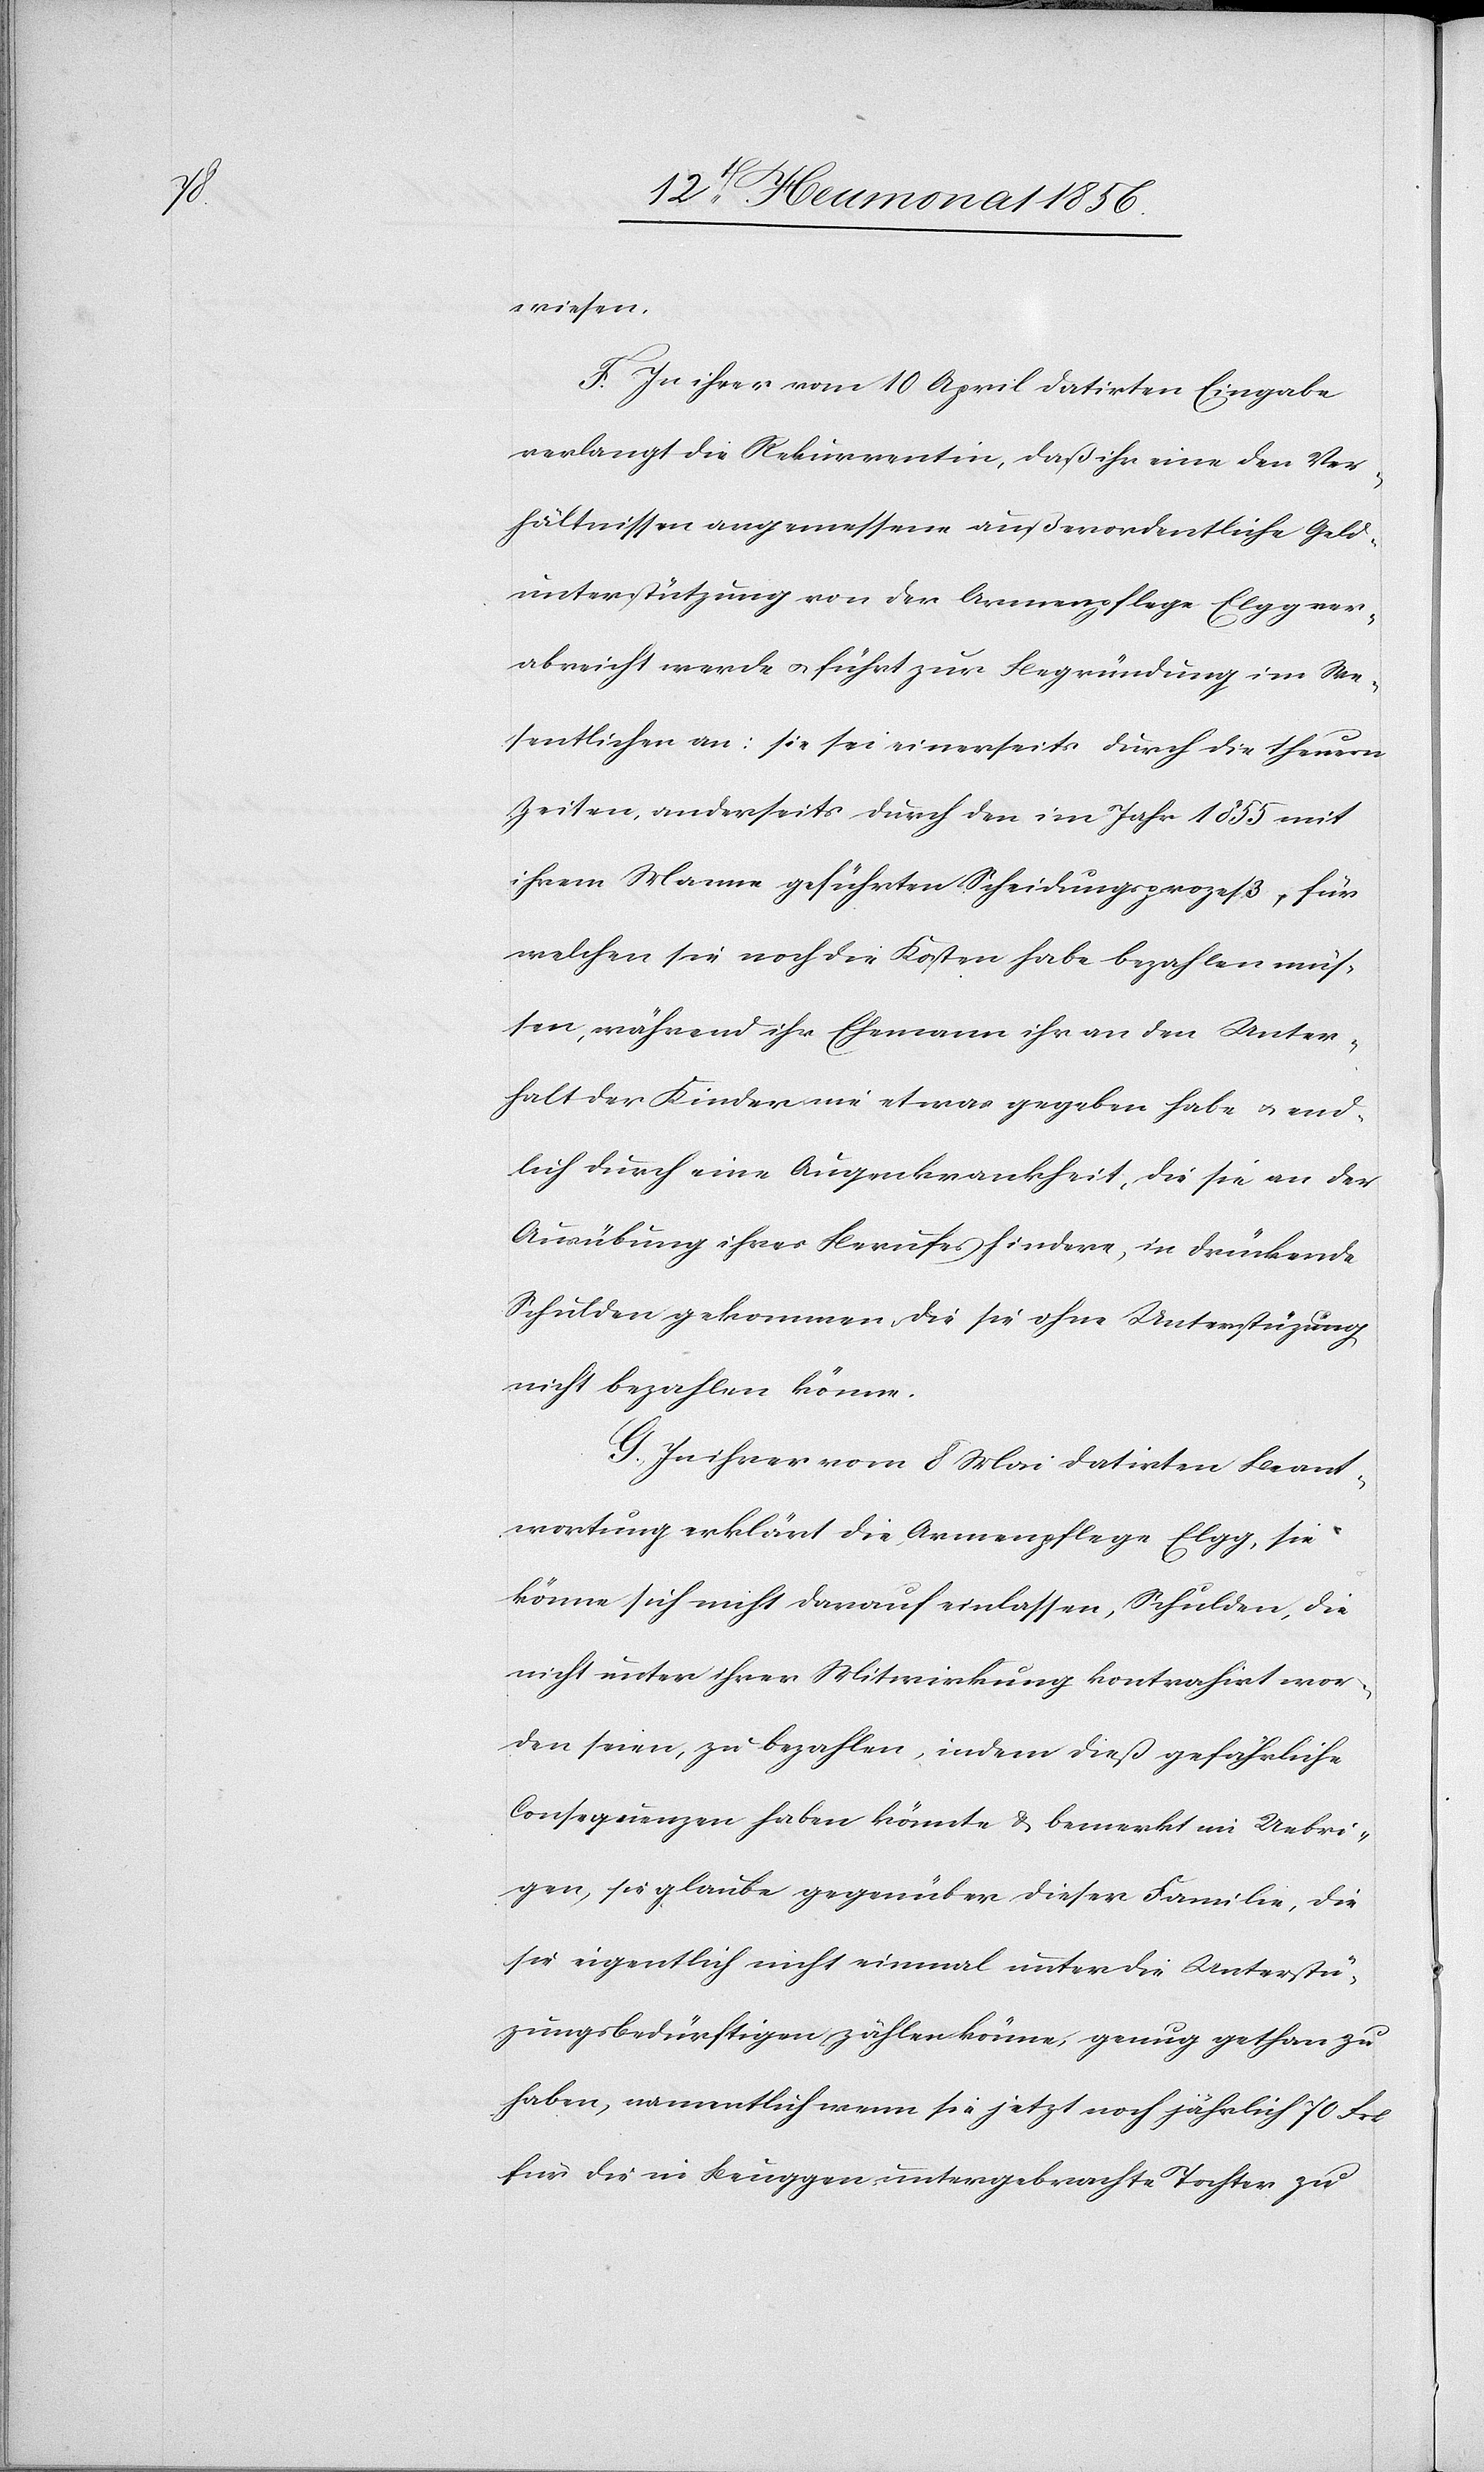
wiesen.
F. In ihrer vom 10 April datirten Eingabe
verlangt die Rekurrentin, daß ihr eine den Ver¬
hältnissen angemessene außerordentliche Geld¬
unterstützung von der Armenpflege Elgg ver¬
abreicht werde u. führt zur Begründung im We¬
sentlichen an: sie sei einerseits durch die theuern
Zeiten, anderseits durch den im Jahr 1855 mit
ihrem Manne geführten Scheidungsprozeß, für
welchen sie noch die Kosten habe bezahlen müs¬
sen, während ihr Ehemann ihr an den Unter¬
halt der Kinder nie etwas gegeben habe u. end¬
lich durch eine Augenkrankheit, die sie an der
Ausübung ihres Berufes hindere, in drückende
Schulden gekommen, die sie ohne Unterstützung
nicht bezahlen könne.
G. In ihrer vom 8 Mai datirten Beant¬
wortung erklärt die Armenpflege Elgg, sie
könne sich nicht darauf einlassen, Schulden, die
nicht unter ihrer Mitwirkung kontrahirt wor¬
den seien, zu bezahlen, indem dieß gefährliche
Consequenzen habe könnte & bemerkt im Uebri¬
gen, sie glaube gegenüber dieser Familie, die
sie eigentlich nicht einmal unter die Unterstü¬
tzungsbedürftigen zählen könne, genug gethan zu
haben, namentlich wenn sie jetzt noch jährlich 70 Frk.
für die in Beuggen untergebrachte Tochter zu